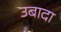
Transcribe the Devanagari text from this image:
उबादा